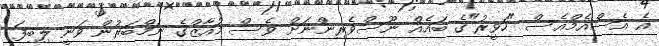
އެ އެސްއެމްއެސް "ހަވީރު"ގެ ބައެއް ނޫސްވެރިންނަށް ވެސް މުއާޒްގެ ނަމްބަރުން ވަނީ ލިބިފަ